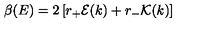
\beta ( E ) = 2 \left[ r _ { + } { \cal E } ( k ) + r _ { - } { \cal K } ( k ) \right]